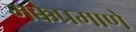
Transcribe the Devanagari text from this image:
मक्केप्रमाणे